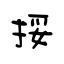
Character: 挼